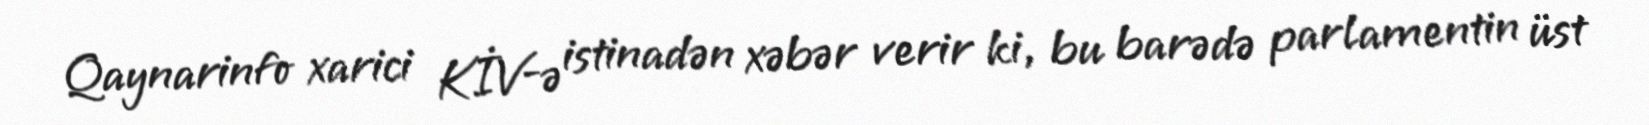
Qaynarinfo xarici KİV-ə istinadən xəbər verir ki, bu barədə parlamentin üst